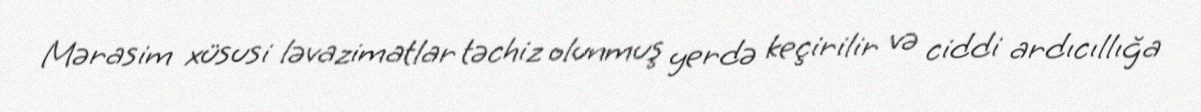
Mərasim xüsusi ləvazimatlar təchiz olunmuş yerdə keçirilir və ciddi ardıcıllığa